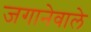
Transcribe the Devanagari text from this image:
जगानेवाले